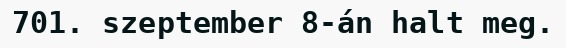
701. szeptember 8-án halt meg.